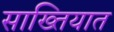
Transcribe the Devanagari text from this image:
साख्तियात